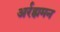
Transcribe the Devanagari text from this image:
अर्रह्ममन